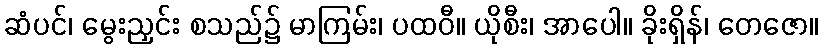
ဆံပင်၊ မွေးညှင်း စသည်၌ မာကြမ်း၊ ပထဝီ။ ယိုစီး၊ အာပေါ။ ခိုးရှိန်၊ တေဇော။